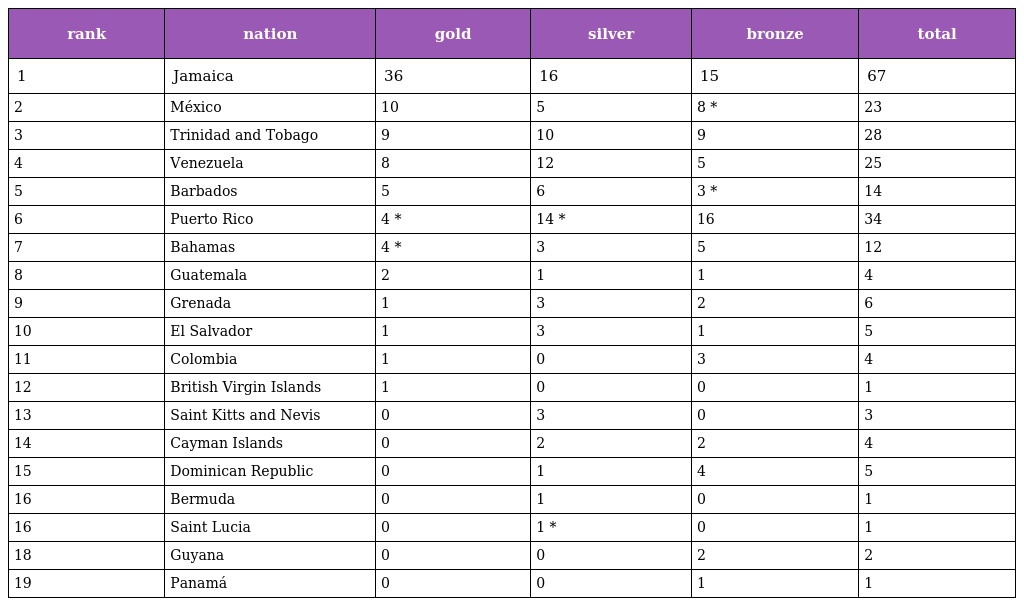
| rank | nation | gold | silver | bronze | total |
 | --- | --- | --- | --- | --- | --- |
 | 1 | Jamaica | 36 | 16 | 15 | 67 |
 | 2 | México | 10 | 5 | 8 * | 23 |
 | 3 | Trinidad and Tobago | 9 | 10 | 9 | 28 |
 | 4 | Venezuela | 8 | 12 | 5 | 25 |
 | 5 | Barbados | 5 | 6 | 3 * | 14 |
 | 6 | Puerto Rico | 4 * | 14 * | 16 | 34 |
 | 7 | Bahamas | 4 * | 3 | 5 | 12 |
 | 8 | Guatemala | 2 | 1 | 1 | 4 |
 | 9 | Grenada | 1 | 3 | 2 | 6 |
 | 10 | El Salvador | 1 | 3 | 1 | 5 |
 | 11 | Colombia | 1 | 0 | 3 | 4 |
 | 12 | British Virgin Islands | 1 | 0 | 0 | 1 |
 | 13 | Saint Kitts and Nevis | 0 | 3 | 0 | 3 |
 | 14 | Cayman Islands | 0 | 2 | 2 | 4 |
 | 15 | Dominican Republic | 0 | 1 | 4 | 5 |
 | 16 | Bermuda | 0 | 1 | 0 | 1 |
 | 16 | Saint Lucia | 0 | 1 * | 0 | 1 |
 | 18 | Guyana | 0 | 0 | 2 | 2 |
 | 19 | Panamá | 0 | 0 | 1 | 1 |